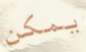
يمكن